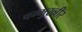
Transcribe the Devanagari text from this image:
चम्मुख्बीर